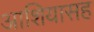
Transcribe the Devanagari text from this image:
आशियासह